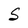
Character: S